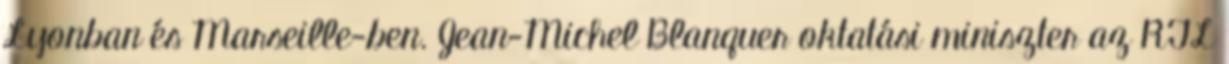
Lyonban és Marseille-ben. Jean-Michel Blanquer oktatási miniszter az RTL